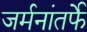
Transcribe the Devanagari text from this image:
जर्मनांतर्फे